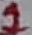
Text: 1